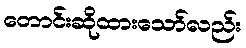
တောင်းဆိုထားသော်လည်း